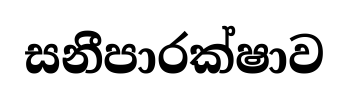
සනීපාරක්ෂාව